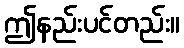
ဤနည်းပင်တည်း။